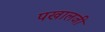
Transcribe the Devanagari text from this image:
पखालजी